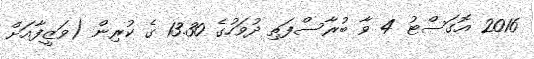
2016 އޮގަސްޓު 4 ވާ ބުރާސްފަތި ދުވަހުގެ 13.30 ގެ ކުރިން (ވަޒީފާއަށް